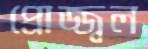
প্রোজ্জ্বল